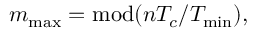
m _ { \mathrm { m a x } } = \mathrm { m o d } ( n T _ { c } / T _ { \mathrm { m i n } } ) ,